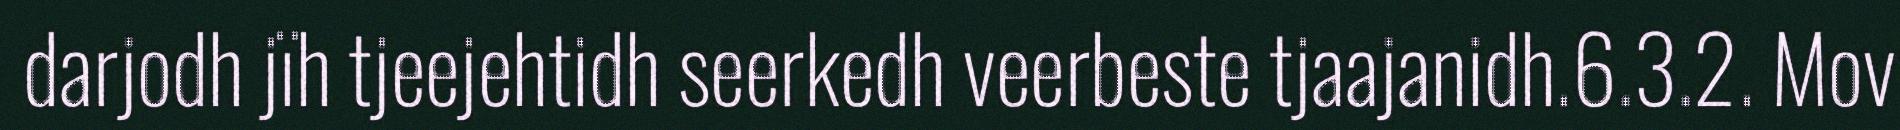
darjodh jïh tjeejehtidh seerkedh veerbeste tjaajanidh.6.3.2. Mov